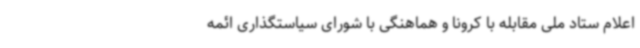
اعلام ستاد ملی مقابله با کرونا و هماهنگی با شورای سیاستگذاری ائمه